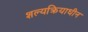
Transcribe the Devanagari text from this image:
शल्यक्रियाधीन